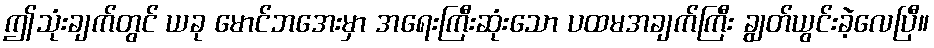
ဤသုံးချက်တွင် ယခု မောင်ဘအေးမှာ အရေးကြီးဆုံးသော ပထမအချက်ကြီး ချွတ်ယွင်းခဲ့လေပြီ။